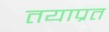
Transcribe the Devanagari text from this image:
तयाप्रत